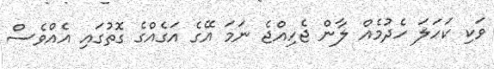
ވަކި ކަހަލަ ހެދުމެއް ލާން ޖެހިއްޖެ ނަމަ އޭގެ އަގެއްގެ ގޮތުގައި އެއްވެސް